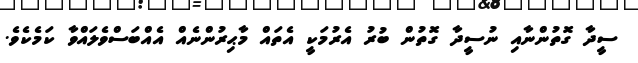
ސީދާ ގޮތުންނާއި ނުސީދާ ގޮތުން ބުރު އެރުމަކީ އެތައް މާޙިރުންނެއް އެއްބަސްވެލައްވާ ކަމެކެވެ.